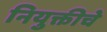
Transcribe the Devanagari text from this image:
नियुक्तीचे